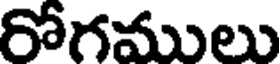
రోగములు